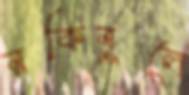
রকিবুলে